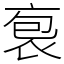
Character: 袌